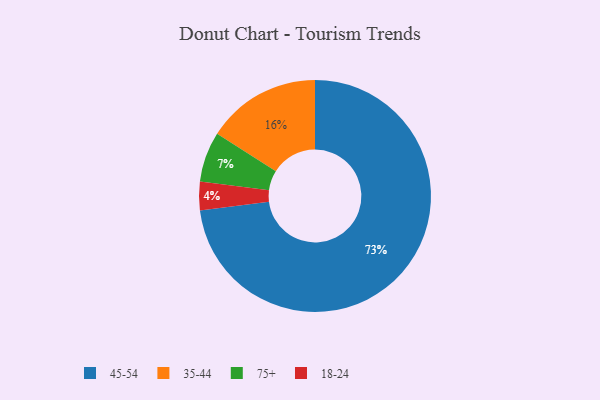
{"axis": {"x": "Category", "y": "Percentage"}, "legend": ["18-24", "35-44", "45-54", "75+"], "data": [{"x": "45-54", "y": 73, "type": "45-54"}, {"x": "18-24", "y": 4, "type": "18-24"}, {"x": "75+", "y": 7, "type": "75+"}, {"x": "35-44", "y": 16, "type": "35-44"}]}